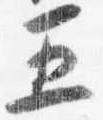
五